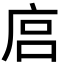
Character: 𢈚